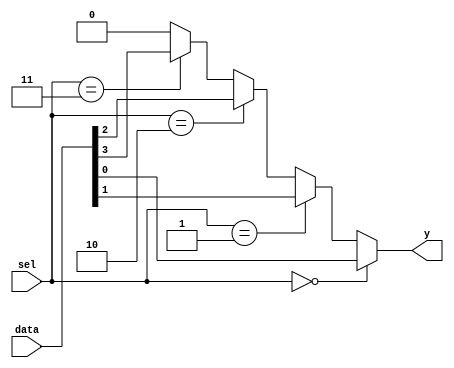
module mux4to1 (
    input wire [3:0] data,     // 4-bit input data
    input wire [1:0] sel,      // 2-bit select signal
    output wire y              // Output
);

// Continuous assignment for the output based on the select signal
assign y = (sel == 2'b00) ? data[0] :
           (sel == 2'b01) ? data[1] :
           (sel == 2'b10) ? data[2] :
           (sel == 2'b11) ? data[3] : 1'b0; // Default case (shouldn't happen)

// Note:
// In this example, the output 'y' continuously reflects the value of the selected data input.
// If 'sel' or 'data' changes, 'y' will be updated immediately.

endmodule